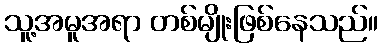
သူ့အမူအရာ တစ်မျိုးဖြစ်နေသည်။